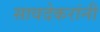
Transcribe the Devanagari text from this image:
सावदेकरांनी